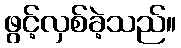
ဖွင့်လှစ်ခဲ့သည်။